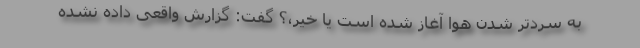
به سردتر شدن هوا آغاز شده است یا خیر،؟ گفت: گزارش واقعی داده نشده